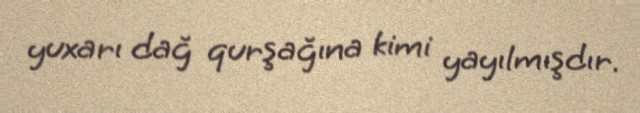
yuxarı dağ qurşağına kimi yayılmışdır.